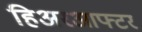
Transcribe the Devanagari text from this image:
हिअरआफ्टर